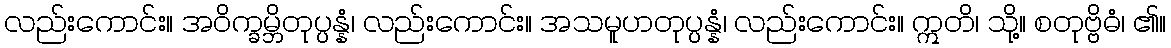
လည်းကောင်း။ အဝိက္ခမ္ဘိတုပ္ပန္နံ၊ လည်းကောင်း။ အသမူဟတုပ္ပန္နံ၊ လည်းကောင်း။ ဣတိ၊ သို့။ စတုဗ္ဗိဓံ၊ ၏။